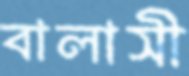
বালাসী